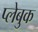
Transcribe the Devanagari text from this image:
प्लेबुक